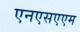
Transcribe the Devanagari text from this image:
एनएसएएम